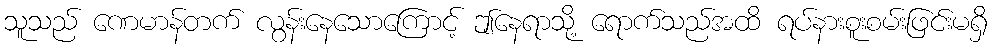
သူသည် ဏေမာန်တက် လွန်းနေသောကြောင့် ဤနေရာသို့ ရောက်သည်အထိ ရပ်နားစူးစမ်းဖြင်းမရှိ